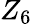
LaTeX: Z_{6}